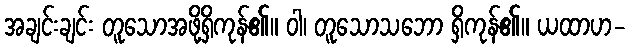
အချင်းချင်း တူသောအဖို့ရှိကုန်၏။ ဝါ၊ တူသောသဘော ရှိကုန်၏။ ယထာဟ-